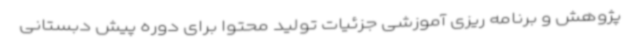
پژوهش و برنامه ریزی آموزشی جزئیات تولید محتوا برای دوره پیش دبستانی